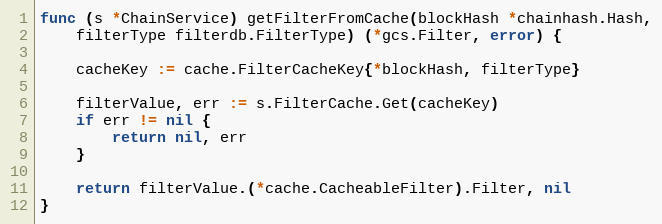
Language: Go
func (s *ChainService) getFilterFromCache(blockHash *chainhash.Hash,
	filterType filterdb.FilterType) (*gcs.Filter, error) {

	cacheKey := cache.FilterCacheKey{*blockHash, filterType}

	filterValue, err := s.FilterCache.Get(cacheKey)
	if err != nil {
		return nil, err
	}

	return filterValue.(*cache.CacheableFilter).Filter, nil
}